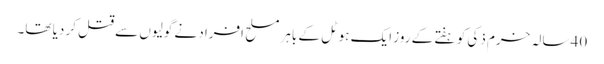
40 سالہ خرم ذکی کو ہفتے کے روز ایک ہوٹل کے باہر مسلح افراد نے گولیوں سے قتل کر دیا تھا۔